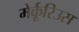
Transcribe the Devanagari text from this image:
मेर्कूरिउस